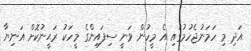
އަދި މި ހަމަނުޖެހުމުގައި އެ މީހުން ވަނީ ސިފައިންގެ މީހަކު ރަޙީނުކޮށް އަނިޔާ